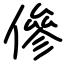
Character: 傪